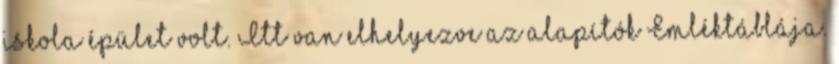
iskola épület volt. Itt van elhelyezve az alapítók Emléktáblája.